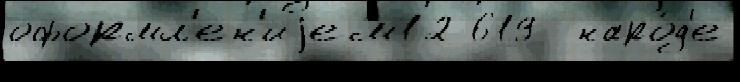
оформл'ен'иjем12 619  наро́д'е